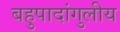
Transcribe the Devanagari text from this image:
बहुपादांगुलीय